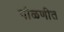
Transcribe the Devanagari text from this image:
गौळणीत